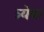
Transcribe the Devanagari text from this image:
त्र्येक